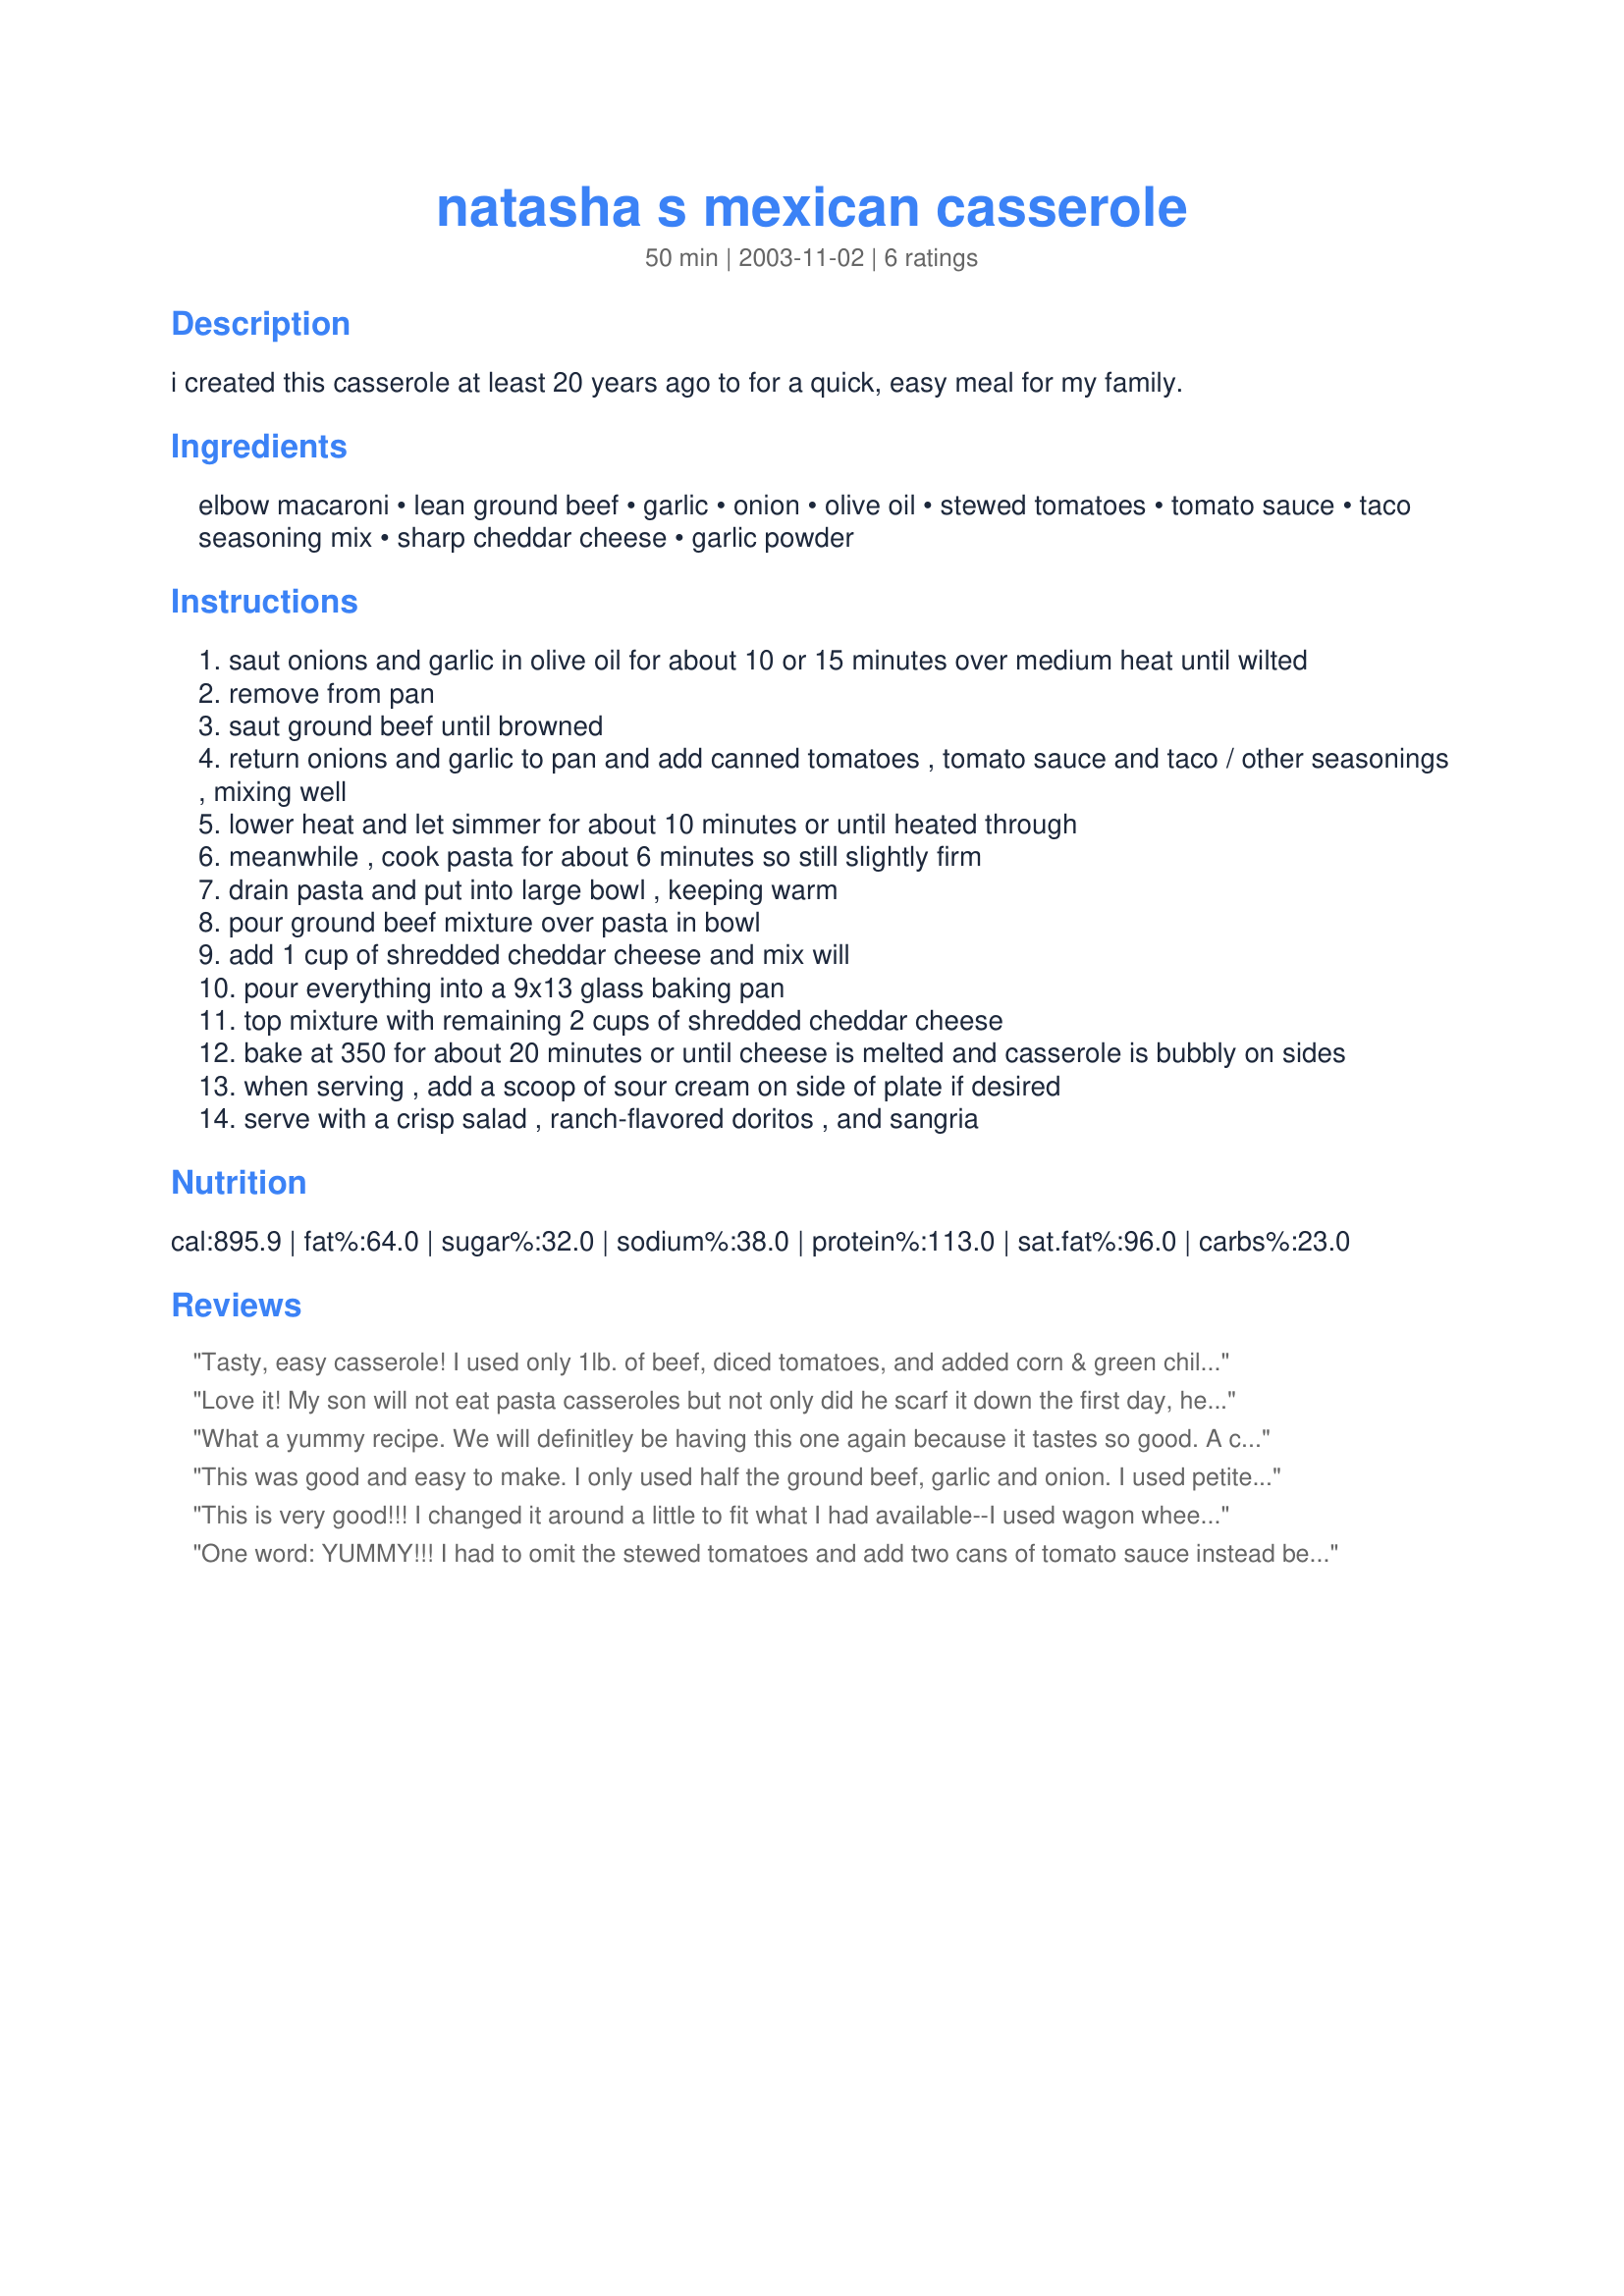
natasha s mexican casserole
Preparation time: 50 minutes

i created this casserole at least 20 years ago to for a quick, easy meal for my family.

Ingredients:
elbow macaroni, lean ground beef, garlic, onion, olive oil, stewed tomatoes, tomato sauce, taco seasoning mix, sharp cheddar cheese, garlic powder

Steps:
saut onions and garlic in olive oil for about 10 or 15 minutes over medium heat until wilted
remove from pan
saut ground beef until browned
return onions and garlic to pan and add canned tomatoes , tomato sauce and taco / other seasonings , mixing well
lower heat and let simmer for about 10 minutes or until heated through
meanwhile , cook pasta for about 6 minutes so still slightly firm
drain pasta and put into large bowl , keeping warm
pour ground beef mixture over pasta in bowl
add 1 cup of shredded cheddar cheese and mix will
pour everything into a 9x13 glass baking pan
top mixture with remaining 2 cups of shredded cheddar cheese
bake at 350 for about 20 minutes or until cheese is melted and casserole is bubbly on sides
when serving , add a scoop of sour cream on side of plate if desired
serve with a crisp salad , ranch-flavored doritos , and sangria

Reviews:
Tasty, easy casserole! I used only 1lb. of beef, diced tomatoes, and added corn & green chili peppers - it's a great recipe for adding personal touches. I did leave the cheese off the top and just let everyone add to their own tastes. Thanks very much!
Love it! My son will not eat pasta casseroles but not only did he scarf it down the first day, he ate leftovers the second day. That's a first and worth more than 5 stars to me! I substituted rotini for the elbow macaroni and crushed tomatoes for stewed. I used a white cheddar with hot peppers in it...fantastic! Thank you for a wonderful recipe to repeat!
What a yummy recipe. We will definitley be having this one again because it tastes so good. A couple of things we changed / added: we used chopped tomatoes instead of stewed, ketchup instead of sauce, we didn't use any garlic powder or dill and we sprinkled the top of the casserole with one half cheddar cheese, one half mexican cheese and both sides tasted just as good :).
This was good and easy to make. I only used half the ground beef, garlic and onion. I used petite diced tomatoes instead of stewed. I also cooked the beef, onion and garlic together so I didn't use the oil. I put two cups of cheese inside the casserole and one on top.
This is very good!!! I changed it around a little to fit what I had available--I used wagon wheels pasta, 1 lb. ground turkey, and then added a can of black beans. It's very easy to prepare and is a nice variety for cooking with pasta.
One word: YUMMY!!! I had to omit the stewed tomatoes and add two cans of tomato sauce instead because my husband does not like tomatoes. I left everything else the same and topped with sour cream and it was a hit. Great recipe and very easy to prepare. Thanks!!!
